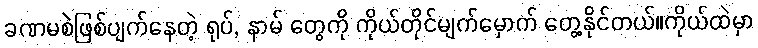
ခဏမစဲဖြစ်ပျက်နေတဲ့ ရုပ်, နာမ် တွေကို ကိုယ်တိုင်မျက်မှောက် တွေ့နိုင်တယ်။ကိုယ်ထဲမှာ